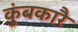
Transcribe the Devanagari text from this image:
कुंबकारै